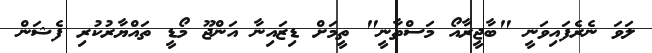
ލަވަ ނެރެފައިވަނީ "ބާޖީރާއޯ މަސްތާނީ" ތީމަށް ޑިޒައިނާ އަންޖޫ މޯޑީ ތައްޔާރުކުރި ފެޝަން